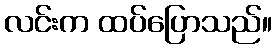
လင်းက ထပ်ပြောသည်။